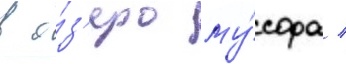
в о́з'еро му́сора /